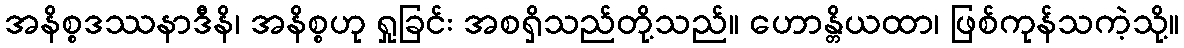
အနိစ္စဒဿနာဒီနိ၊ အနိစ္စဟု ရှုခြင်း အစရှိသည်တို့သည်။ ဟောန္တိယထာ၊ ဖြစ်ကုန်သကဲ့သို့။